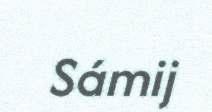
Sámij